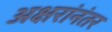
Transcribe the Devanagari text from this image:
अक्षरांनंतर